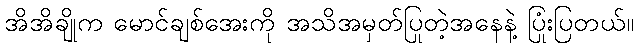
အိအိချိုက မောင်ချစ်အေးကို အသိအမှတ်ပြုတဲ့အနေနဲ့ ပြုံးပြတယ်။